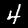
Label: 4